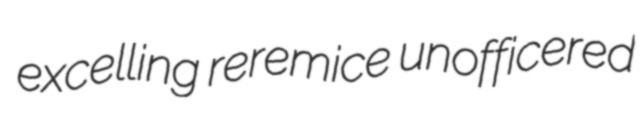
excelling reremice unofficered